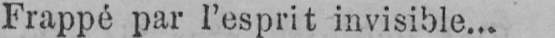
Frappé par l’esprit invisible...